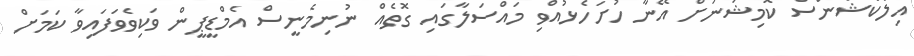
އިލެކްޝަންސް ކޮމިޝަނަށް އޭނާ ހުށަހެޅުއްވި މައްސަލާގައި ގޮތެއް ނުނިމެނީސް އެމްޑީޕީން ވަކިވެވަފައިވާ ކަމަށް